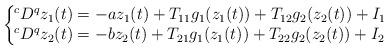
LaTeX: \begin{align*}\left\{ \!\!\!\begin{array}{l}^{c}D^{q}z_{1}(t)=-az_{1}(t)+T_{11}g_{1}(z_{1}(t))+T_{12}g_{2}(z_{2}(t))+I_{1}\\^{c}D^{q}z_{2}(t)=-bz_{2}(t)+T_{21}g_{1}(z_{1}(t))+T_{22}g_{2}(z_{2}(t))+I_{2}\end{array}\right. \end{align*}